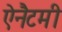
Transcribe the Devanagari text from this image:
ऐनैटमी